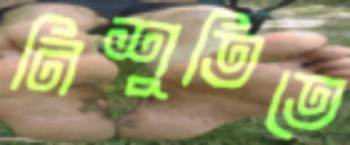
নিশুতিতে